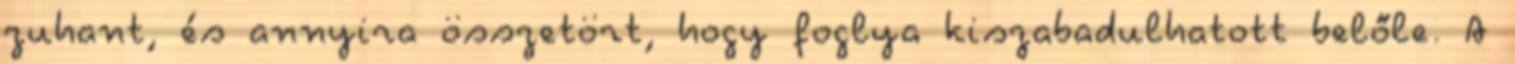
zuhant, és annyira összetört, hogy foglya kiszabadulhatott belőle. A